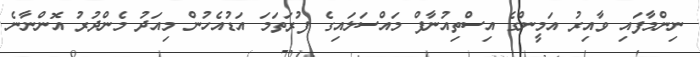
ނިންމާފައި ވާއިރު އަމީންގެ އިސްތިއުނާފް މައްސަލައިގެ ފުރަތަމަ އަޑުއެހުން މިއަދު މެންދުރު އޮންނާނެ